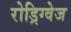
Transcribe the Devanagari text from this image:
रोड्रिग्वेज